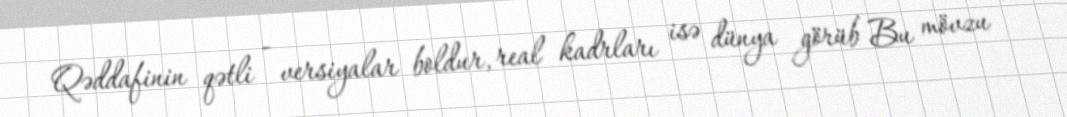
Qəddafinin qətli - versiyalar boldur, real kadrları isə dünya görüb Bu mövzu